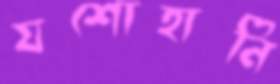
যশোহানি